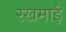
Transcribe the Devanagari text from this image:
रखमाई